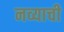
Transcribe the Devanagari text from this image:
नव्याची